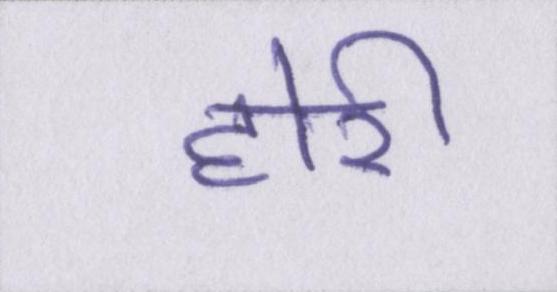
होरी